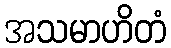
အသမာဟိတံ